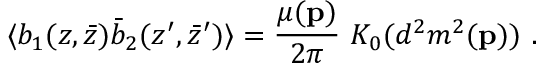
\langle b _ { 1 } ( z , \bar { z } ) \bar { b } _ { 2 } ( z ^ { \prime } , \bar { z } ^ { \prime } ) \rangle = { \frac { \mu ( { \bf p } ) } { 2 \pi } } ~ K _ { 0 } ( d ^ { 2 } m ^ { 2 } ( { \bf p } ) ) ~ .